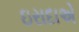
ઇરાદાએ